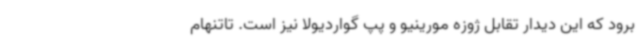
برود که این دیدار تقابل ژوزه مورینیو و پپ گواردیولا نیز است. تاتنهام